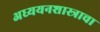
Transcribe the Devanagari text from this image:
अध्ययनशास्त्राचा